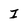
Character: I